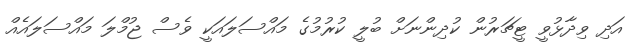
އަދި ވިދާޅުވީ ޓީޗަރުން ކުދިންނަށް ބުލީ ކުރުމުގެ މައްސަލައަކީ ވެސް ޖުމްލަ މައްސަލައެއް